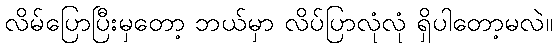
လိမ်ပြောပြီးမှတော့ ဘယ်မှာ လိပ်ပြာလုံလုံ ရှိပါတော့မလဲ။